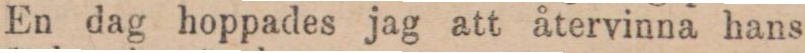
En dag hoppades jag att återvinna hans